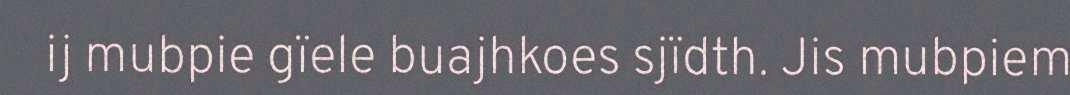
ij mubpie gïele buajhkoes sjïdth. Jis mubpiem